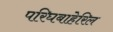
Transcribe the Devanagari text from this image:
परिघबाहेरिल